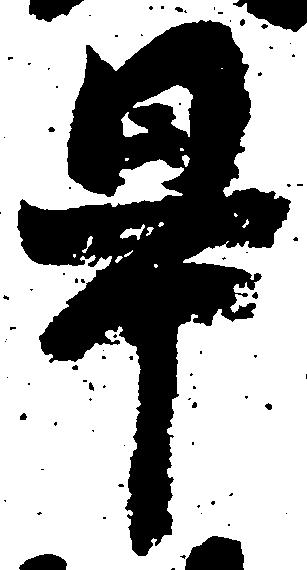
旱